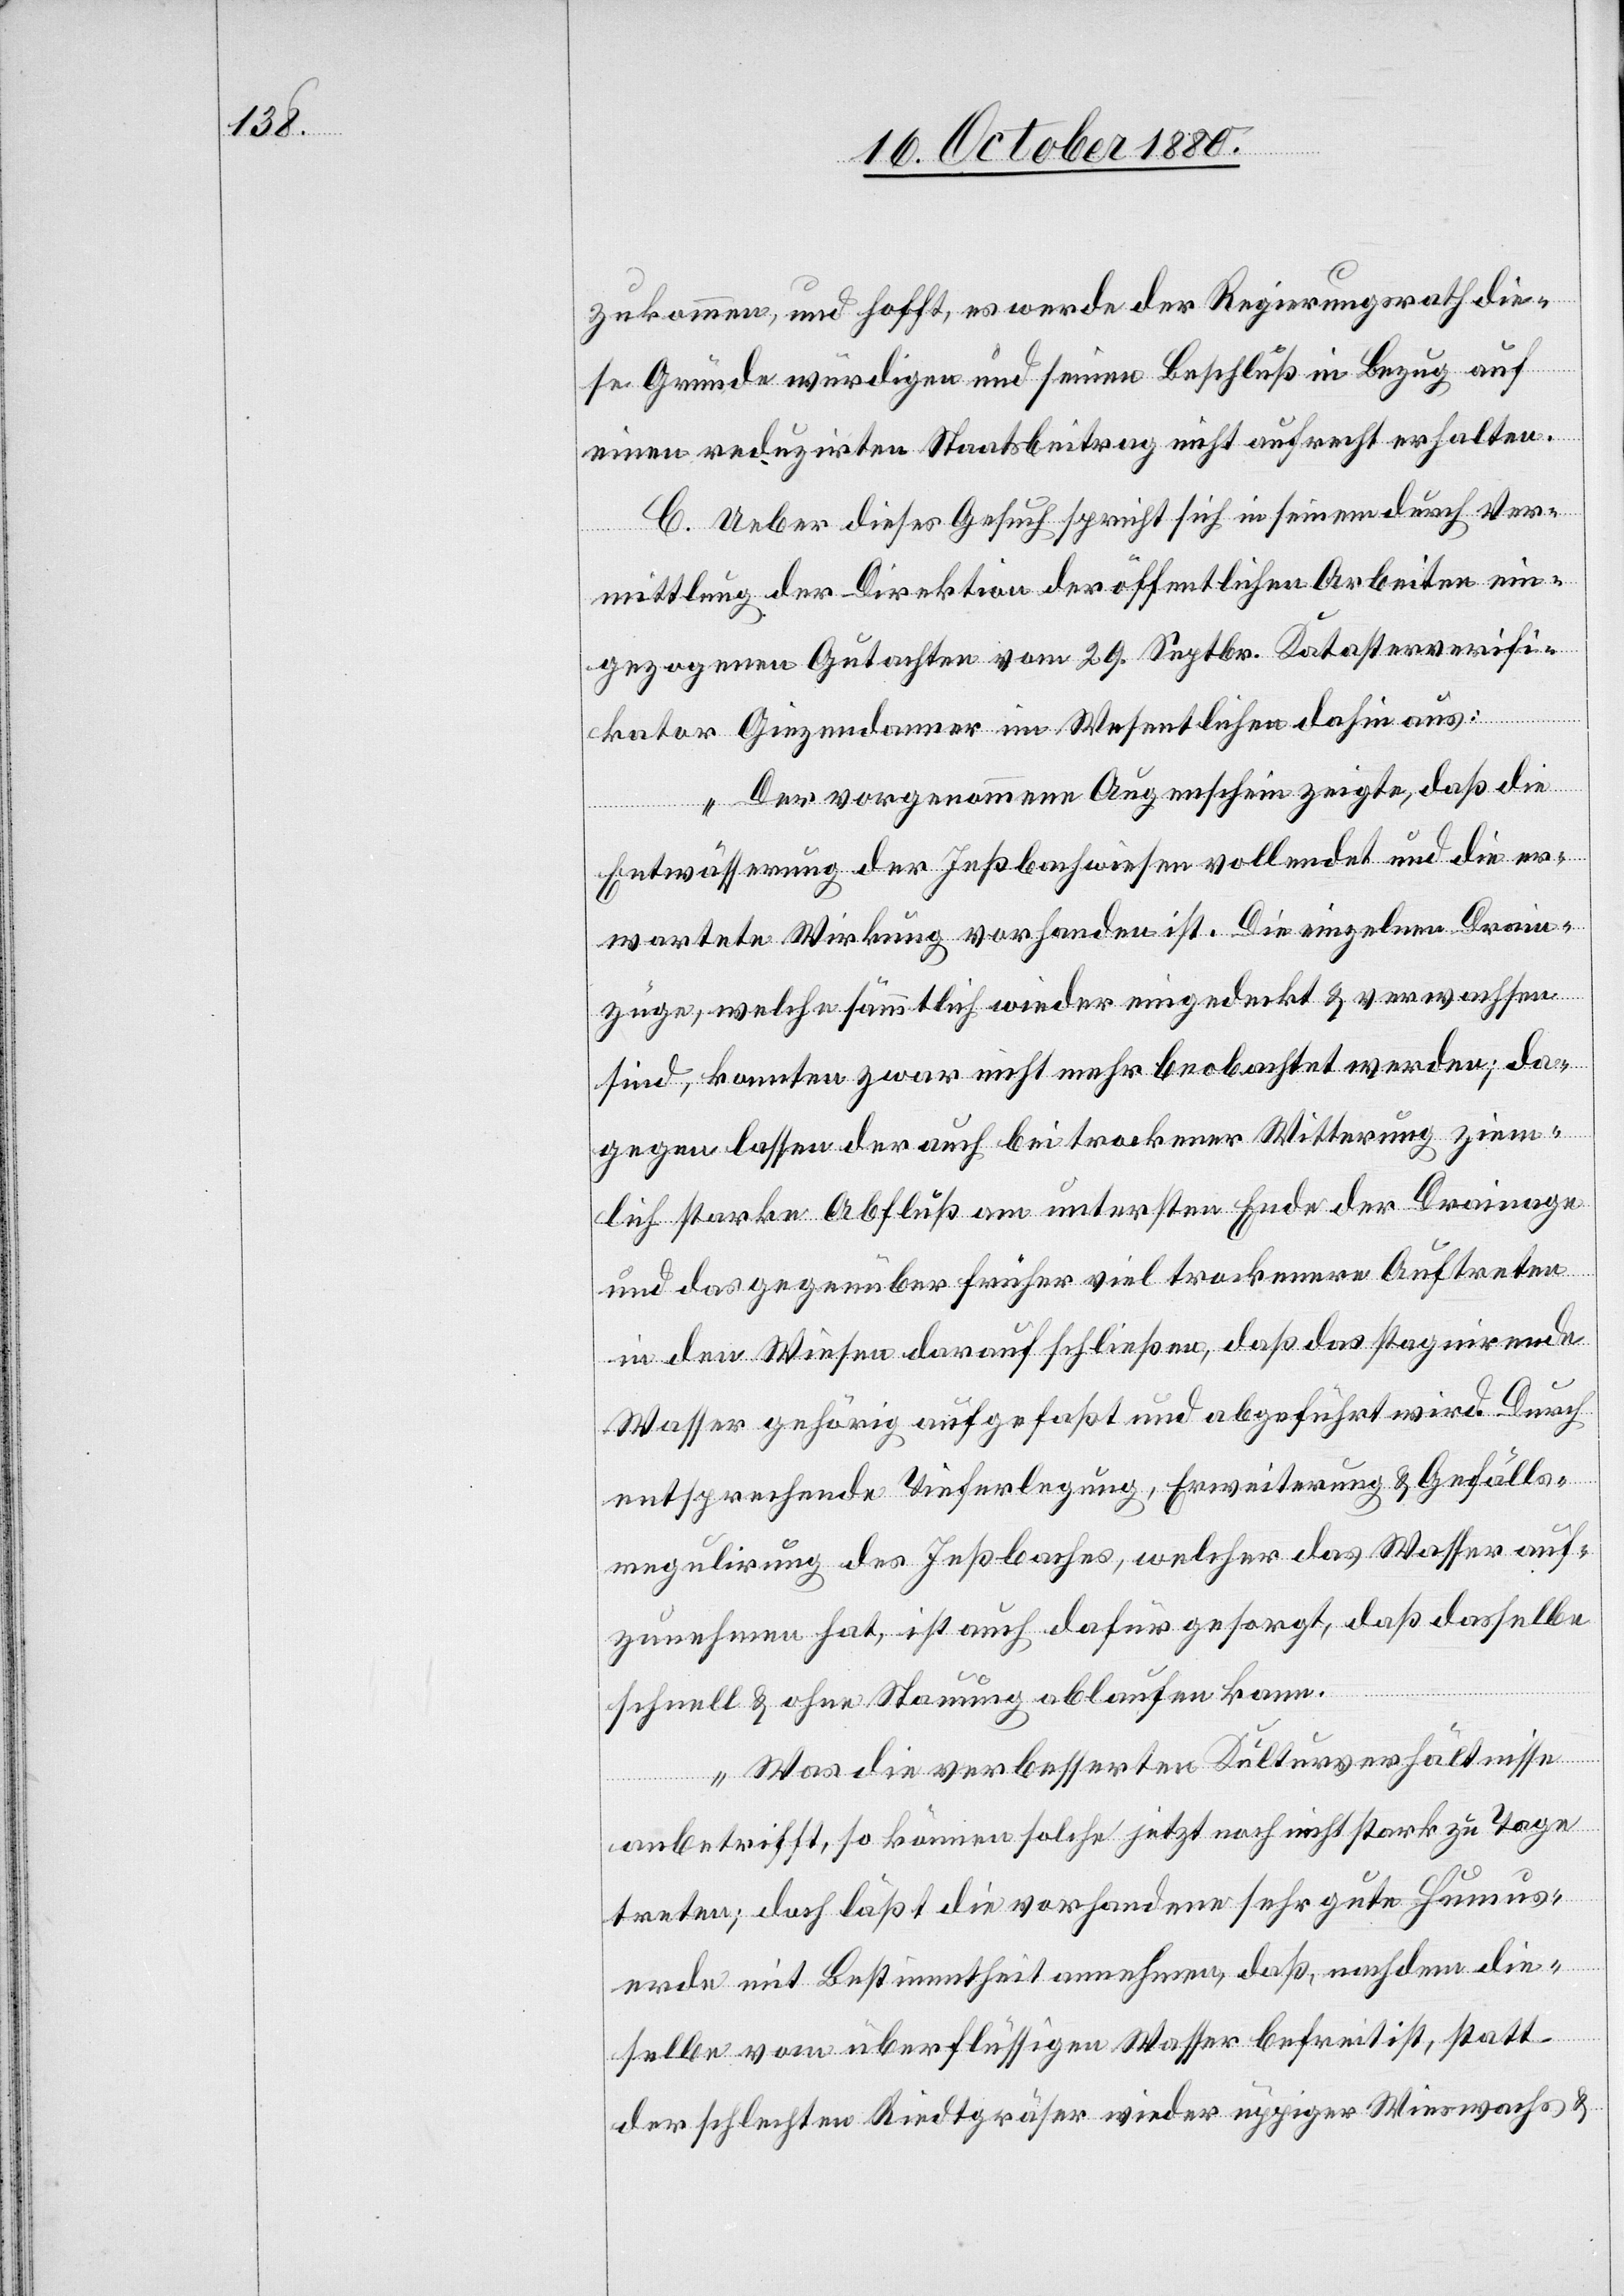
zukommen, und hofft, es werde der Regierungsrath die¬
se Gründe würdigen und seinen Beschluß in Bezug auf
einen reduzirten Staatsbeitrag nicht aufrecht erhalten.
C. Ueber dieses Gesuch spricht sich in seinem durch Ver¬
mittlung der Direktion der öffentlichen Arbeiten ein¬
gezogenen Gutachten vom 29. Septbr. Katasterverifi¬
kator Giezendanner im Wesentlichen dahin aus:
„Der vorgenommene Augenschein zeigte, daß die
Entwässerung der Inßbachwiesen vollendet und die er¬
wartete Wirkung vorhanden ist. Die einzelnen Drain¬
zuge, welche sammtlich wieder eingedeckt & verwachsen
sind, konnten zwar nicht mehr beobachtet werden; da¬
gegen lassen der auch bei trockener Witterung ziem¬
lich starke Abfluß am untersten Ende der Drainage
und das gegenüber früher viel trockenere Auftreten
in den Wiesen darauf schließen, daß das stagnirende
Wasser gehörig aufgefaßt und abgeführt wird. Durch
entsprechende Tieferlegung, Erweiterung & Gefälls¬
regulirung des Inßbaches, welcher das Wasser auf¬
zunehmen hat, ist auch dafür gesorgt, daß dasselbe
schnell & ohne Stauung ablaufen kann.
Was die verbesserten Kulturverhältnisse
anbetrifft, so können solche jetzt noch nicht stark zu Tage
treten; doch läßt die vorhandene sehr gute Humus¬
erde mit Bestimmtheit annehmen, daß, nachdem die¬
selbe vom überflüssigen Wasser befreit ist, statt
der schlechten Riedtgräser wieder üppiger Wieswachs &